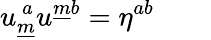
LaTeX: u_{\underline{{{m}}}}^{~a}u^{\underline{{{m}}}b}=\eta^{ab}\qquad